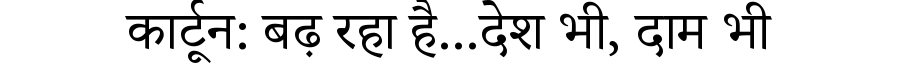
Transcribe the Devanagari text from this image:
कार्टून: बढ़ रहा है...देश भी, दाम भी